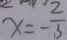
x = - \frac { 2 } { 3 }